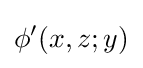
\phi '(x,z;y)